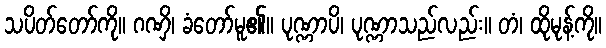
သပိတ်တော်ကို။ ဂဏှိ၊ ခံတော်မူ၏။ ပုဏ္ဏာပိ၊ ပုဏ္ဏာသည်လည်း။ တံ၊ ထိုမုန့်ကို။